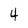
Character: 4